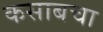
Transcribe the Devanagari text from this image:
कसाबचा